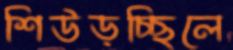
শিউড়চ্ছিলে